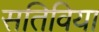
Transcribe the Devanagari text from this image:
सतिविया